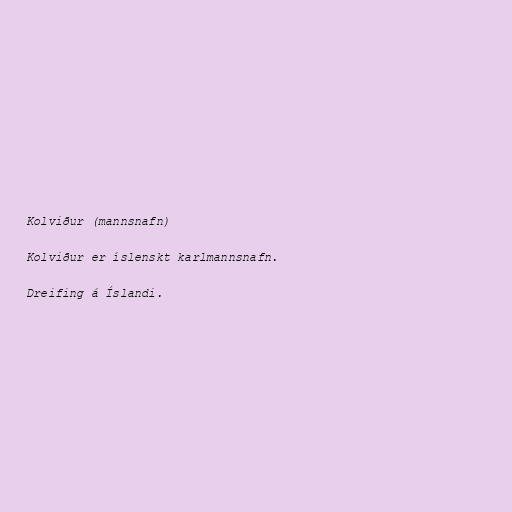
Kolviður (mannsnafn)

Kolviður er íslenskt karlmannsnafn.

Dreifing á Íslandi.